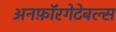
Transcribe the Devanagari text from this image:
अनफ़ॉरगेटेबल्स